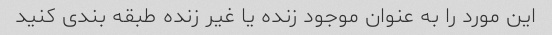
این مورد را به عنوان موجود زنده یا غیر زنده طبقه بندی کنید